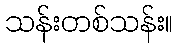
သန်းတစ်သန်း။